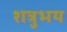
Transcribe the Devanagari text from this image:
शत्रुभय